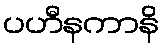
ပဟီနကာနိ